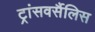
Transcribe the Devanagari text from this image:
ट्रांसवर्सैलिस